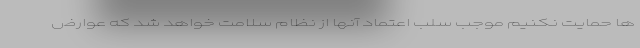
ها حمایت نکنیم موجب سلب اعتماد آنها از نظام سلامت خواهد شد که عوارض